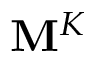
\mathbf { M } ^ { K }